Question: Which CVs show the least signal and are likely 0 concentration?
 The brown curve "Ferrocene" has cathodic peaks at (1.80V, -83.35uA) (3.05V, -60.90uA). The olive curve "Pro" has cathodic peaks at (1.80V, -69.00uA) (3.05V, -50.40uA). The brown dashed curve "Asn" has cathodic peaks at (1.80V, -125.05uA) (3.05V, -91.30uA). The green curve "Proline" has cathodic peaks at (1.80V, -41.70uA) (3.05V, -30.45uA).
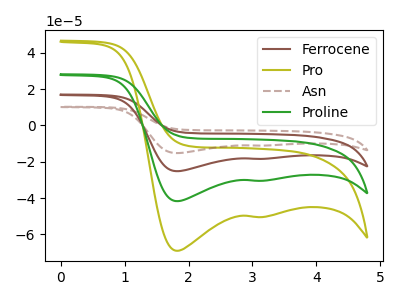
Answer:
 <answer>There are not any CV's on this graph that are likely to be blanks.</answer>
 <eval>none</eval>